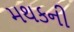
મથકની